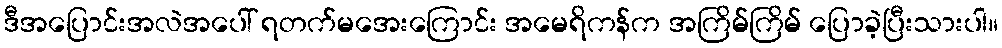
ဒီအပြောင်းအလဲအပေါ် ရတက်မအေးကြောင်း အမေရိကန်က အကြိမ်ကြိမ် ပြောခဲ့ပြီးသားပါ။